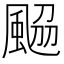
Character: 𩗅